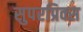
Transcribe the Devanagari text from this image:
सुपरप्रिक्स